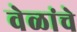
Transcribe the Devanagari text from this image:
वेळांचे